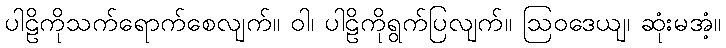
ပါဠိကိုသက်ရောက်စေလျက်။ ဝါ၊ ပါဠိကိုရွက်ပြလျက်။ ဩဝဒေယျ၊ ဆုံးမအံ့။